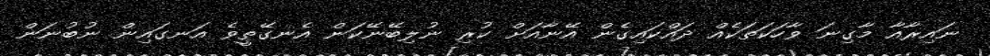
ނައިރާއާ މާގިނަ ވާހަކަތަކެއް ދައްކައިގެން އޭނާއަށް ކުރި ނުލިބޭނޭކަން އެނގޭތީވެ އަނގައިން ނުބުނަން